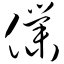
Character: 仆